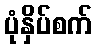
ပုံနှိပ်စက်